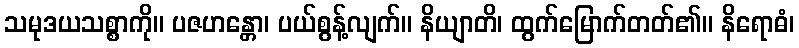
သမုဒယသစ္စာကို။ ပဇဟန္တော၊ ပယ်စွန့်လျက်။ နိယျာတိ၊ ထွက်မြောက်တတ်၏။ နိရောဓံ၊